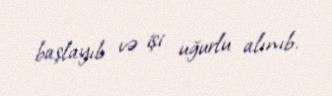
başlayıb və işi uğurlu alınıb.